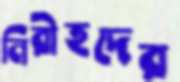
নিরীহদের